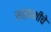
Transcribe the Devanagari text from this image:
सर्कशीचे